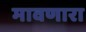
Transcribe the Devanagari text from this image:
मावणारा